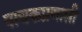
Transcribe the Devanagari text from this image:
पाचकप्रणाली